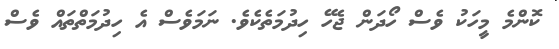
ކޮންމެ މީހަކު ވެސް ހޯދަން ޖެހޭ ހިދުމަތެކެވެ. ނަމަވެސް އެ ހިދުމަތްތައް ވެސް